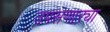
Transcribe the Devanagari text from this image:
उपसणाऱ्या